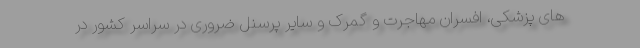
های پزشکی، افسران مهاجرت و گمرک و سایر پرسنل ضروری در سراسر کشور در